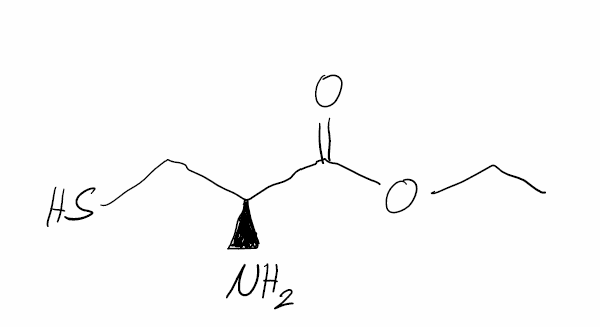
Simplified molecular-input line-entry system (SMILES) notation of the given molecule:
CCOC(=O)[C@H](CS)N